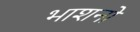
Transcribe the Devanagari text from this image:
भाशनो